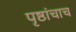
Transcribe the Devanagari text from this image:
पृष्ठांचाच